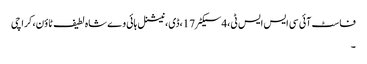
فاسٹ آئی سی ایس ایس ٹی،4سیکٹر17،ڈی، نیشنل ہائی وے شاہ لطیف ٹاؤن، کراچی
۔